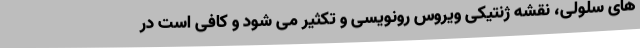
های سلولی، نقشه ژنتیکی ویروس رونویسی و تکثیر می شود و کافی است در